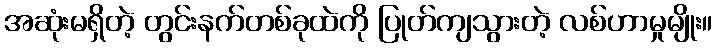
အဆုံးမရှိတဲ့ တွင်းနက်တစ်ခုထဲကို ပြုတ်ကျသွားတဲ့ လစ်ဟာမှုမျိုး။